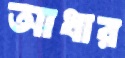
আধার